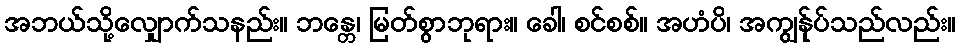
အဘယ်သို့လျှောက်သနည်း။ ဘန္တေ၊ မြတ်စွာဘုရား။ ခေါ၊ စင်စစ်။ အဟံပိ၊ အကျွန်ုပ်သည်လည်း။